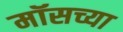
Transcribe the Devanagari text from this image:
मॉसच्या